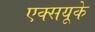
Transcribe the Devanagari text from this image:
एक्सयूके